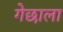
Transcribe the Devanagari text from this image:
गेछाला